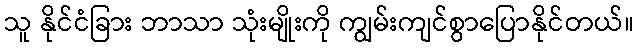
သူ နိုင်ငံခြား ဘာသာ သုံးမျိုးကို ကျွမ်းကျင်စွာပြောနိုင်တယ်။